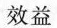
效益